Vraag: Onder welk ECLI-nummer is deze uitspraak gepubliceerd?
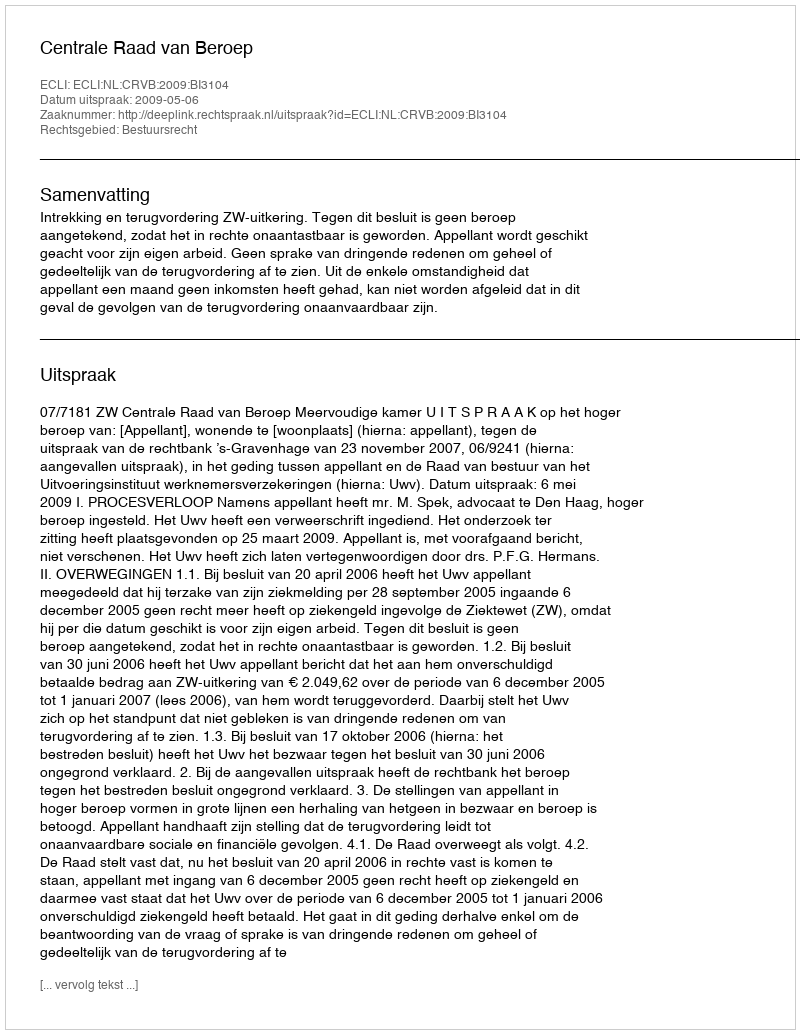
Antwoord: ECLI:NL:CRVB:2009:BI3104